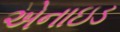
એનાઇડ